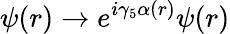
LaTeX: \psi(r)\to e^{i\gamma_{5}\alpha(r)}\psi(r)